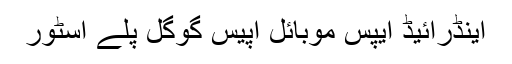
اینڈرائیڈ ایپس موبائل اپیس گوگل پلے اسٹور